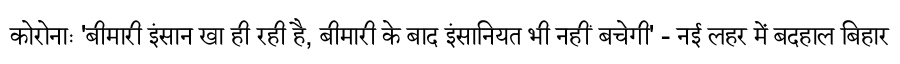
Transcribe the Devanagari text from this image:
कोरोनाः 'बीमारी इंसान खा ही रही है, बीमारी के बाद इंसानियत भी नहीं बचेगी' - नई लहर में बदहाल बिहार